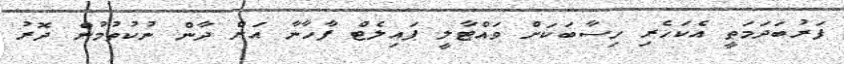
ފަރުބަދަމަތީ އެކަހެރި ހިސާބަކަށް ވައްޓާލީ ޕައިލެޓް ފާހާނާ އަށް ދާން ނުކުތުމުން ދޮރު